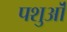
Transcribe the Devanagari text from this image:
पशुऒं